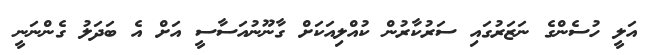
އަލީ ހުސެންގެ ނަޒަރުގައި ސަރުކާރުން ކުއްލިއަކަށް ގާނޫނުއަސާސީ އަށް އެ ބަދަލު ގެންނަނީ